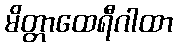
မိတ္တာထေရီဂါထာ